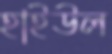
হাইউল